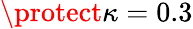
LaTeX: \protect\kappa=0.3